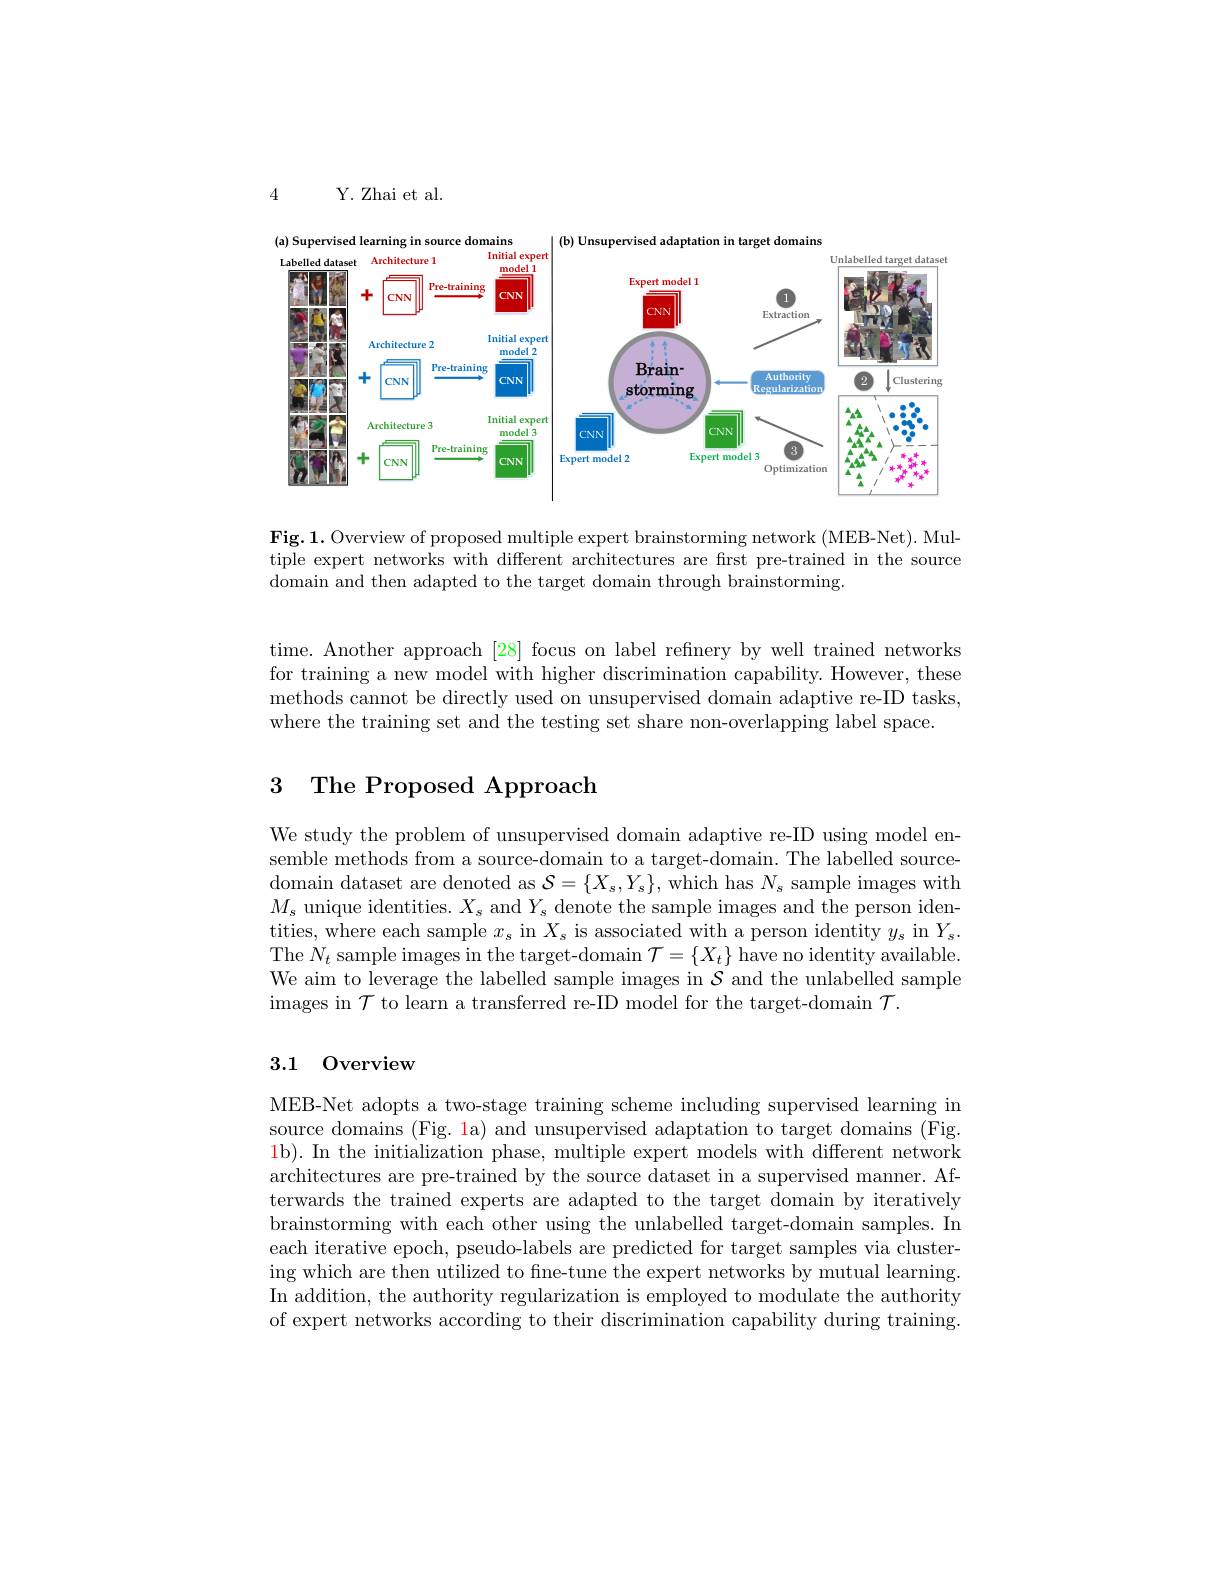
4

Y. Zhai et al.

<FigureHere>

Fig.1. Overview of proposed multiple expert brainstorming network (MEB-Net). Multiple expert networks with different architectures are first pre-trained in the source domain and then adapted to the target domain through brainstorming.

time. Another approach [28] focus on label refnery by well trained networks for training a new model with higher discrimination capability. However, these methods cannot be directly used on unsupervised domain adaptive re-ID tasks, where the training set and the testing set share non-overlapping label space.

### 3 The Proposed Approach

We study the problem of unsupervised domain adaptive re-ID using model ensemble methods from a source-domain to a target-domain. The labelled sourcedomain dataset are denoted as $\mathcal{S}=\{X_s,Y_s\}$, which has $N_s$ sample images with $M_s$ unique identities. $X_s$ and $Y_s$ denote the sample images and the person identities, where each sample $x_\mathrm{s}$ in $X_\mathrm{s}$ is associated with a person identity $y_\mathrm{s}$ in $Y_\mathrm{s}$ The $N_{t}$ sample images in the target-domain $\mathcal{T}=\{X_{t}\}$ have no identity available We aim to leverage the labelled sample images in $\mathcal{S}$ and the unlabelled sample images in $\mathcal{T}$ to learn a transferred re-ID model for the target-domain $\mathcal{T}.$

## 3.1 0verview

MEB-Net adopts a two-stage training scheme including supervised learning in source domains (Fig. 1a) and unsupervised adaptation to target domains (Fig. 1b). In the initialization phase, multiple expert models with different network architectures are pre-trained by the source dataset in a supervised manner. Afterwards the trained experts are adapted to the target domain by iteratively brainstorming with each other using the unlabelled target-domain samples. In each iterative epoch, pseudo-labels are predicted for target samples via clustering which are then utilized to fne-tune the expert networks by mutual learning. In addition, the authority regularization is employed to modulate the authority of expert networks according to their discrimination capability during training.